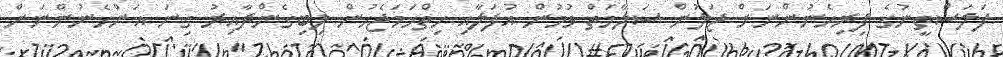
ފަލަސްތީނުގެ ފިރިހެނުންނަށް ޖަލުން ސަލާމަތް ވުމުން އުފަލާއި ހިތްހަމަޖެހުން ލިބިގެންދާއިރު ގިނަ އަންހެނުންނަށް